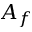
A _ { f }